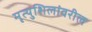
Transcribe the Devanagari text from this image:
मृत्युशिलांवरील